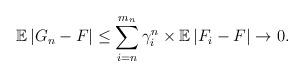
LaTeX: \begin{align*}\mathbb{E}\left\vert G_{n}-F\right\vert \leq \sum_{i=n}^{m_{n}}\gamma_{i}^{n}\times \mathbb{E}\left\vert F_{i}-F\right\vert \rightarrow 0.\end{align*}